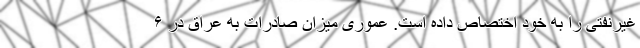
غیرنفتی را به خود اختصاص داده است. عموری میزان صادرات به عراق در ۶